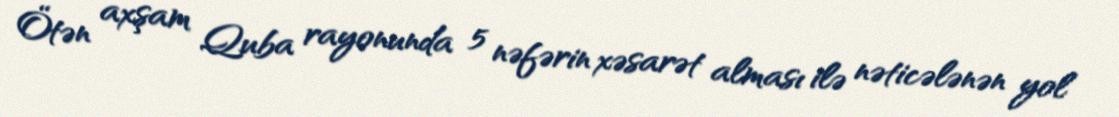
Ötən axşam Quba rayonunda 5 nəfərin xəsarət alması ilə nəticələnən yol